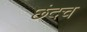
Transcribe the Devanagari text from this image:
छंदच